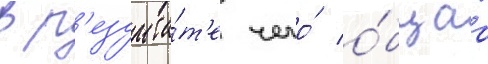
в р'езульта́т'е чего́ о́бщаа